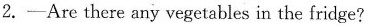
2.-Are there any vegetables in the fridge?